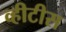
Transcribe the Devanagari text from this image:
व्हीटीस